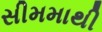
સીમમાથી